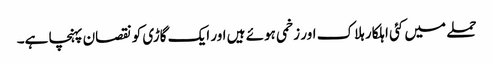
حملے میں کئی اہلکار ہلاک اور زخمی ہوئے ہیں اور ایک گاڑی کو نقصان پہنچا ہے۔